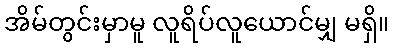
အိမ်တွင်းမှာမူ လူရိပ်လူယောင်မျှ မရှိ။